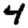
Digit: 4